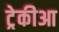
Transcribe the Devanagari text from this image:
ट्रेकीआ